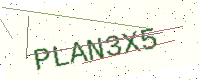
Text: PLAN3X5